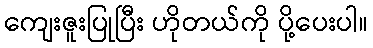
ကျေးဇူးပြုပြီး ဟိုတယ်ကို ပို့ပေးပါ။